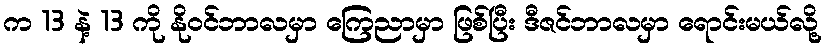
က 13 နဲ့ 13 ကို နိုဝင်ဘာလမှာ ကြေညာမှာ ဖြစ်ပြီး ဒီဇင်ဘာလမှာ ရောင်းမယ်လို့